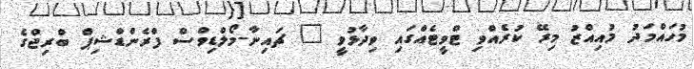
މުހައްމަދު މުއިއްޒު މިރޭ ކުރެއްވި ޓްވީޓެއްގައި ވިދާޅުވީ " ޗައިނާ-މޯލްޑިވްސް ފްރެންޑްޝިޕް ބްރިޖްގެ